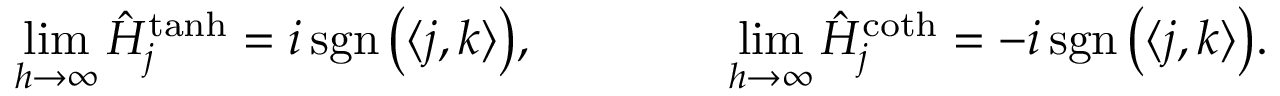
\operatorname* { l i m } _ { h \to \infty } \hat { H } _ { \boldsymbol j } ^ { \operatorname { t a n h } } = i \operatorname { s g n } \big ( \langle \boldsymbol j , \boldsymbol k \rangle \big ) , \qquad \qquad \operatorname* { l i m } _ { h \to \infty } \hat { H } _ { \boldsymbol j } ^ { \coth } = - i \operatorname { s g n } \big ( \langle \boldsymbol j , \boldsymbol k \rangle \big ) .